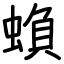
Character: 蝜